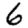
Digit: 6